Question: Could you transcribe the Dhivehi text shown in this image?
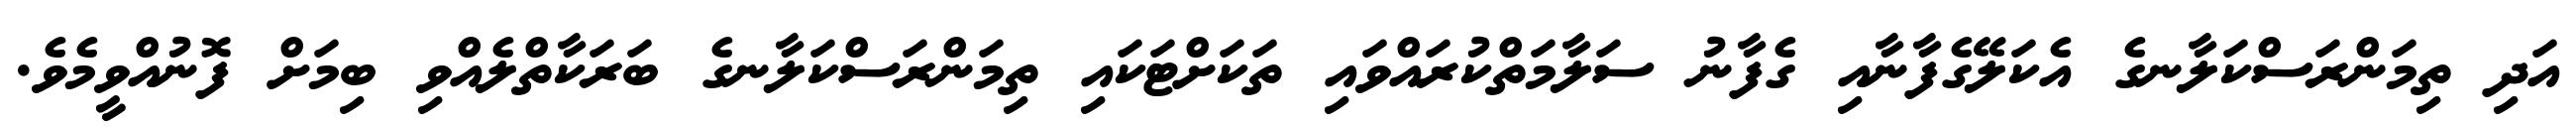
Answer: އަދި ތިމަންރަސްކަލާނގެ އެކަލޭގެފާނާއި ގެފާނު ސަލާމަތްކުރައްވައި ތަކަށްޓަކައި ތިމަންރަސްކަލާނގެ ބަރަކާތްލެއްވި ބިމަށް ފޮނުއްވީމެވެ.